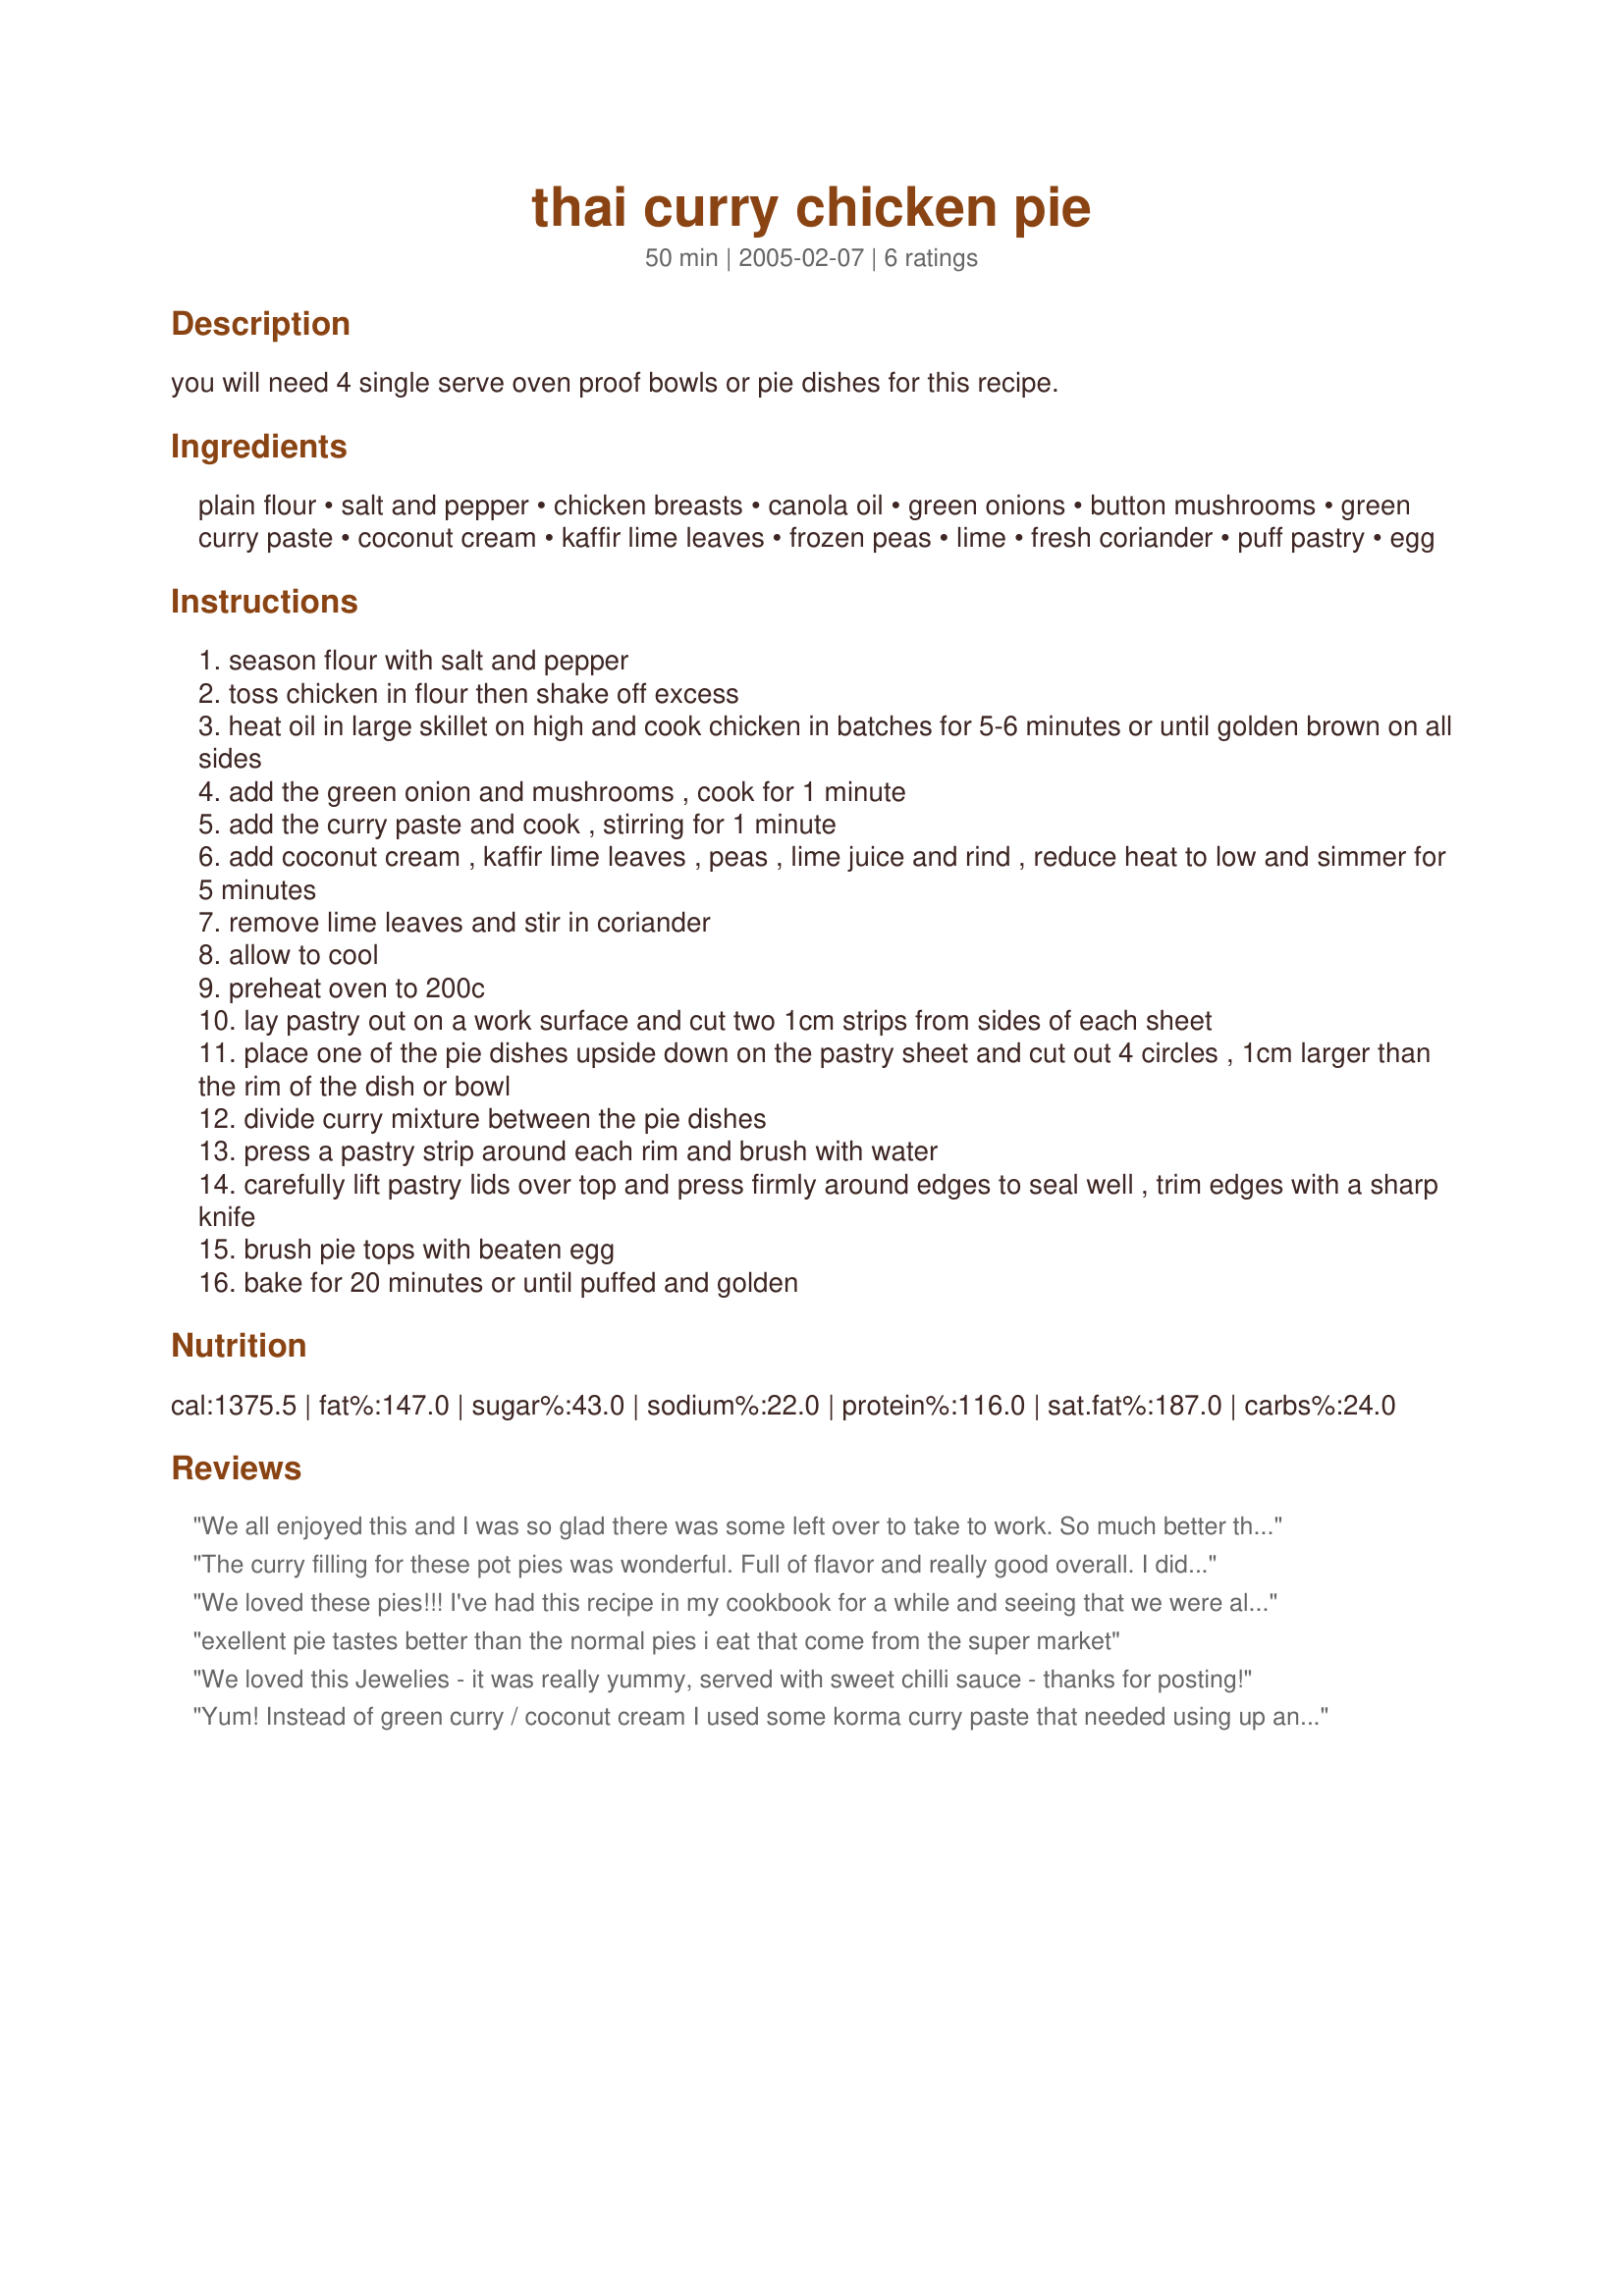
thai curry chicken pie
Preparation time: 50 minutes

you will need 4 single serve oven proof bowls or pie dishes for this recipe.

Ingredients:
plain flour, salt and pepper, chicken breasts, canola oil, green onions, button mushrooms, green curry paste, coconut cream, kaffir lime leaves, frozen peas, lime, fresh coriander, puff pastry, egg

Steps:
season flour with salt and pepper
toss chicken in flour then shake off excess
heat oil in large skillet on high and cook chicken in batches for 5-6 minutes or until golden brown on all sides
add the green onion and mushrooms , cook for 1 minute
add the curry paste and cook , stirring for 1 minute
add coconut cream , kaffir lime leaves , peas , lime juice and rind , reduce heat to low and simmer for 5 minutes
remove lime leaves and stir in coriander
allow to cool
preheat oven to 200c
lay pastry out on a work surface and cut two 1cm strips from sides of each sheet
place one of the pie dishes upside down on the pastry sheet and cut out 4 circles , 1cm larger than the rim of the dish or bowl
divide curry mixture between the pie dishes
press a pastry strip around each rim and brush with water
carefully lift pastry lids over top and press firmly around edges to seal well , trim edges with a sharp knife
brush pie tops with beaten egg
bake for 20 minutes or until puffed and golden

Reviews:
We all enjoyed this and I was so glad there was some left over to take to work. So much better the next day Thank you for putting this recipe up. My DD (8) enjoyed haveing her own pie. I did hers the same just left out step 5 as she is not into spicy.
The curry filling for these pot pies was wonderful. Full of flavor and really good overall. I did have some trouble with my puff pastry though. I didn't have single serve oven proof bowls so I baked this in a regular pie plate. I took the dish out of the oven when the top was golden brown and well the underside of the puff pastry was doughy and soggy..so we aren't sure if it didn't cook thru because I didn't poke holes in the top(not sure if I was supposed to or not) or if the moisture from the curry made the puff pastry soggy (also b/c I didn't poke holes)....
Overall this was a very good dish, and I am going to try to solve my doughy/soggy puff pastry prob, but in the mean time we will continue to make the curry filling by itself.
We loved these pies!!! I've had this recipe in my cookbook for a while and seeing that we were all craving something Thai we decided on these yummy Thai pies.
Made to the directions apart from adding two teaspoons of fish sauce at step 6. I like that the pies aren't totally encased in pastry - saves quite a few calories. Thanks Jewelies for a delicious recipe.
exellent pie tastes better than the normal pies i eat that come from the super market
We loved this Jewelies - it was really yummy, served with sweet chilli sauce - thanks for posting!
Yum! Instead of green curry / coconut cream I used some korma curry paste that needed using up and that worked really well.
